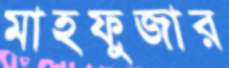
মাহফুজার